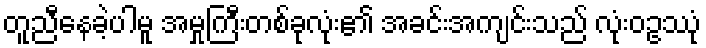
တူညီနေခဲ့ပါမူ အမှုကြီးတစ်ခုလုံး၏ အခင်းအကျင်းသည် လုံးဝဥဿုံ